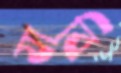
যাবি